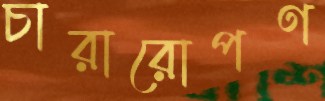
চারারোপণ